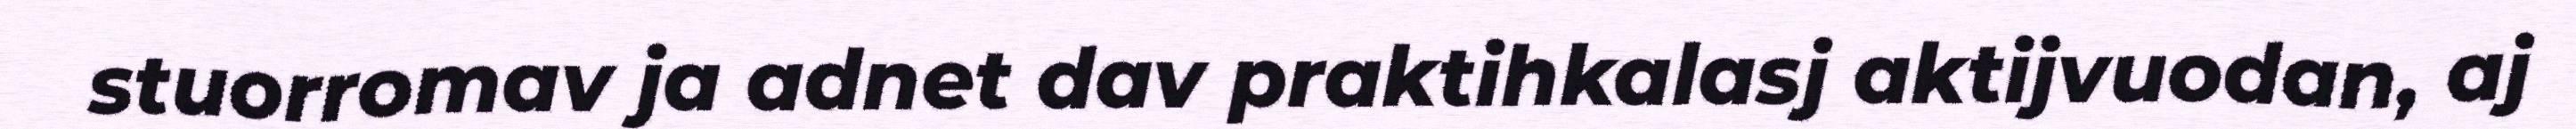
stuorromav ja adnet dav praktihkalasj aktijvuodan, aj